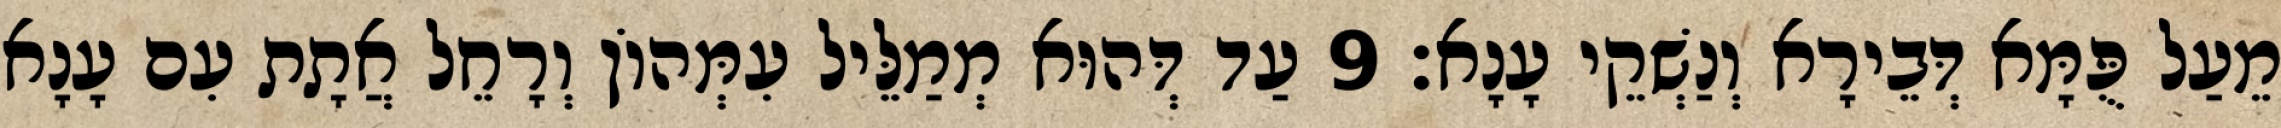
מֵעַל פֻּמָּא דְּבֵירָא וְנַשְׁקֵי עָנָא׃ 9 עַד דְּהוּא מְמַלֵּיל עִמְּהוֹן וְרָחֵל אֲתָת עִם עָנָא